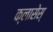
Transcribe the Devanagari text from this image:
क्लासेस्